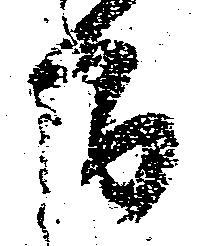
間